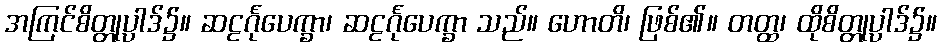
အကြင်စိတ္တုပ္ပာဒ်၌။ ဆဠင်္ဂုပေက္ခာ၊ ဆဠင်္ဂုပေက္ခာ သည်။ ဟောတိ၊ ဖြစ်၏။ တတ္ထ၊ ထိုစိတ္တုပ္ပာဒ်၌။